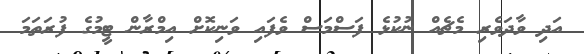
އަދި ވާދަވެރި މެޗެއް ނުކުޅެ ފަސްމަސް ވެފައި ވަނިކޮށް އިމްރާން ޓީމުގެ ފުރަތަމަ